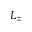
L _ { z }